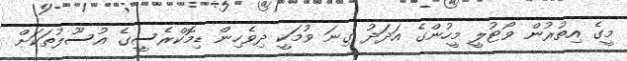
މީގެ އިތުރުން ވޯޓުލީ މީހުންގެ އަދަދު ގިނަ ވުމަކީ ދިވެހިން ޑިމޮކްރެސީގެ އުސޫލުތަކަށް